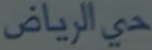
حي الرياض